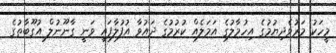
މީހަކު މަރުވެދިޔުމުގެ އިހުމާލުގެ އަމަލެއް ކުރުމުގެ ދައުވާ އުފުލާފައި ވަނީ ގާނޫނުލް އުގޫބާތުގެ